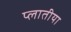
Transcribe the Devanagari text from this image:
प्लातीया